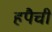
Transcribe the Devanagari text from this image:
हपैची